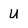
Character: u